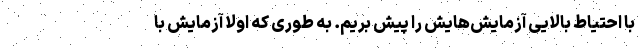
با احتیاط بالایی آزمایش‌هایش را پیش بریم. به طوری که اولا آزمایش با